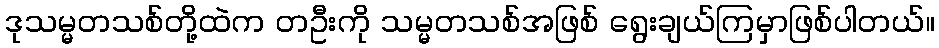
ဒုသမ္မတသစ်တို့ထဲက တဦးကို သမ္မတသစ်အဖြစ် ရွေးချယ်ကြမှာဖြစ်ပါတယ်။